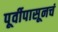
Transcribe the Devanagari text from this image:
पूर्वीपासूनचं